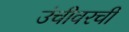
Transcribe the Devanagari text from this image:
उंचीवरची